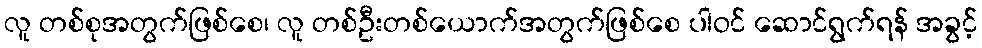
လူ တစ်စုအတွက်ဖြစ်စေ၊ လူ တစ်ဦးတစ်ယောက်အတွက်ဖြစ်စေ ပါဝင် ဆောင်ရွက်ရန် အခွင့်